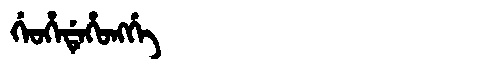
Manchu: ᡤᡝᠣᡥᡝᡩᡝᡥᠣᠩᡤᡝ
Romanization: GEOHEDEHONGGE